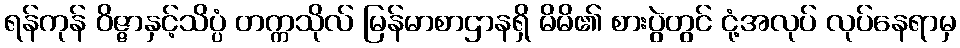
ရန်ကုန် ဝိဇ္ဇာနှင့်သိပ္ပံ တက္ကသိုလ် မြန်မာစာဌာနရှိ မိမိ၏ စားပွဲတွင် ငုံ့အလုပ် လုပ်နေရာမှ